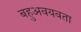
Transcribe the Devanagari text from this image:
बहुअवयवता